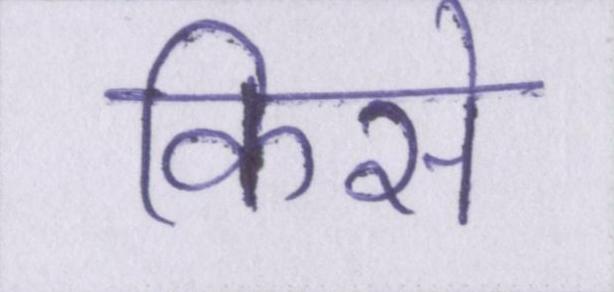
किसे